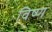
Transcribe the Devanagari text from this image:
विष्ण